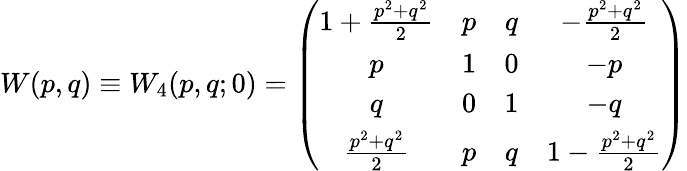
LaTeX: W(p,q)\equiv W_{4}(p,q;0)=\left(\begin{array}{cccc}{{1+\frac{p^{2}+q^{2}}{2}}}&{{p}}&{{q}}&{{-\frac{p^{2}+q^{2}}{2}}}\\ {{p}}&{{1}}&{{0}}&{{-p}}\\ {{q}}&{{0}}&{{1}}&{{-q}}\\ {{\frac{p^{2}+q^{2}}{2}}}&{{p}}&{{q}}&{{1-\frac{p^{2}+q^{2}}{2}}}\end{array}\right)